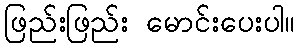
ဖြည်းဖြည်း မောင်းပေးပါ။